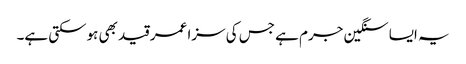
یہ ایسا سنگین جرم ہے جس کی سزا عمر قید بھی ہوسکتی ہے۔